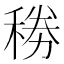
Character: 𥟎